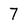
Character: 7